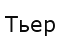
Тьер